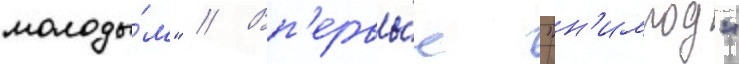
молоды́м" // Вп'ервы́е "н'имрод"